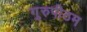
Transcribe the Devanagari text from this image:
गुरुपीठम